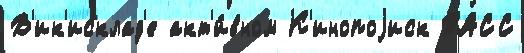
В'ик'исклад'е акт'и́вном К'инопоjиск ТАСС